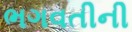
ભગવતીની